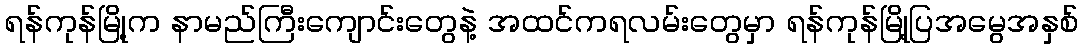
ရန်ကုန်မြို့က နာမည်ကြီးကျောင်းတွေနဲ့ အထင်ကရလမ်းတွေမှာ ရန်ကုန်မြို့ပြအမွေအနှစ်